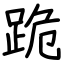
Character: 跪